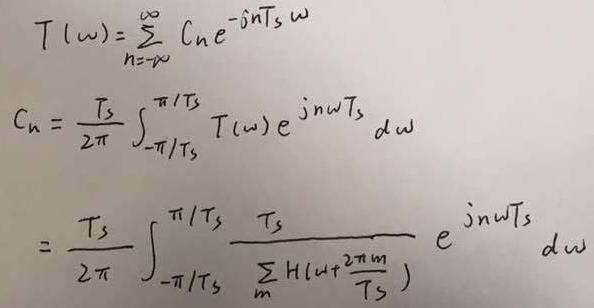
\[
\begin{align*}
T(\omega)&=\sum_{n = -\infty}^{\infty} C_n e^{-jnT_s \omega}\\
C_n&=\frac{T_s}{2\pi} \int_{-\pi/T_s}^{\pi/T_s} T(\omega) e^{jn\omega T_s} d\omega\\
&=\frac{T_s}{2\pi} \int_{-\pi/T_s}^{\pi/T_s} \frac{T_s}{\sum_m H(\omega + \frac{2\pi m}{T_s})} e^{jn\omega T_s} d\omega
\end{align*}
\]